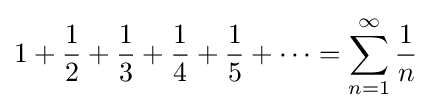
1+{\frac {1}{2}}+{\frac {1}{3}}+{\frac {1}{4}}+{\frac {1}{5}}+\cdots =\sum _{n=1}^{\infty }{\frac {1}{n}}